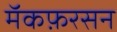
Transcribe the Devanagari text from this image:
मॅकफ़रसन